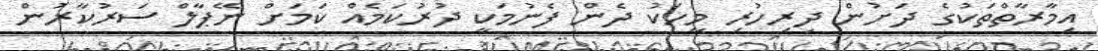
އިމާރާތްތަކުގެ ދަށުން ދިރިހުރި މީހަކު ދެން ފެނުމަކީ ދުރުކަމެއް ކަމަށް ނޭޕާލް ސަރުކާރުން